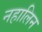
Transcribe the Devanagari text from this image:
नहालिन